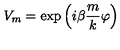
V _ { m } = \exp \left( { i \beta } \frac { m } { k } \varphi \right)